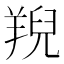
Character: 䍲